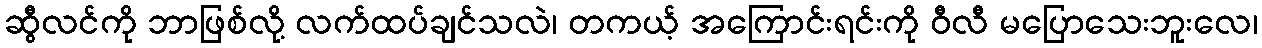
ဆွီလင်ကို ဘာဖြစ်လို့ လက်ထပ်ချင်သလဲ၊ တကယ့် အကြောင်းရင်းကို ဝီလီ မပြောသေးဘူးလေ၊